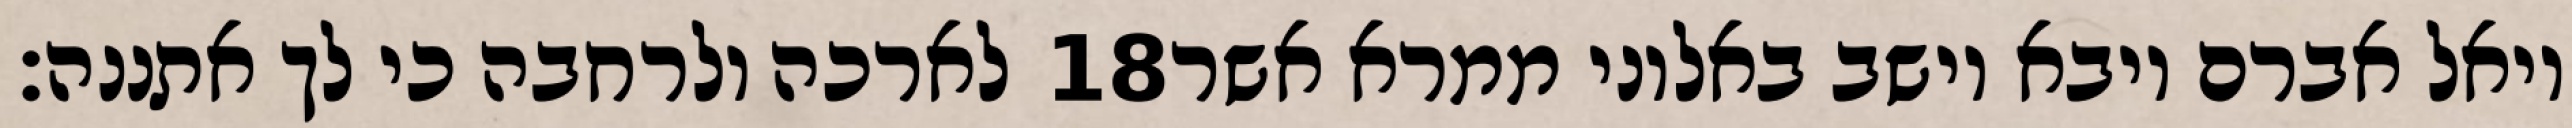
לארכה ולרחבה כי לך אתננה׃ ‎18‏ ויאל אברם ויבא וישב באלוני ממרא אשר